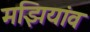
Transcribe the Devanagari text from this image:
मझियांव